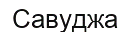
Савуджа